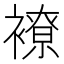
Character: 𧝜